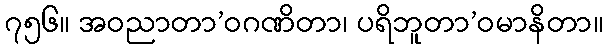
၇၅၆။ အဝညာတာ’ဝဂဏိတာ၊ ပရိဘူတာ’ဝမာနိတာ။